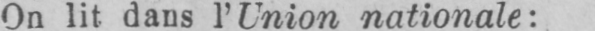
On lit dans l’Union nationale: